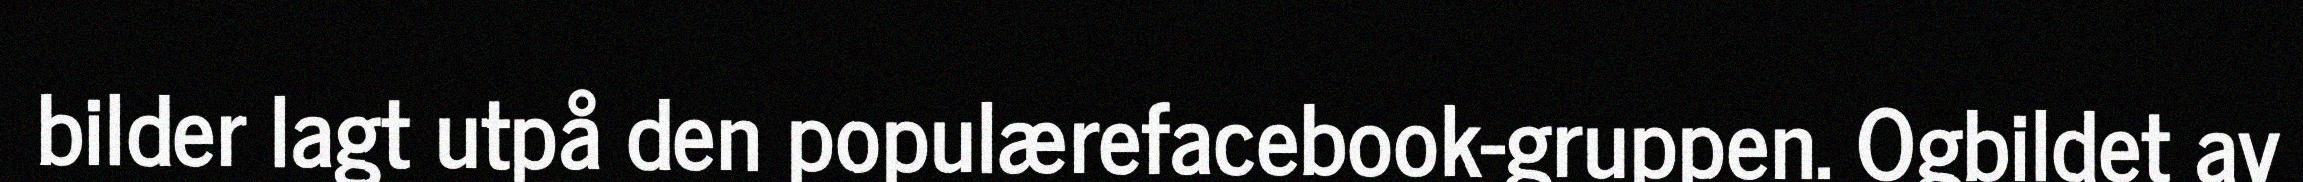
bilder lagt utpå den populærefacebook-gruppen. Ogbildet av